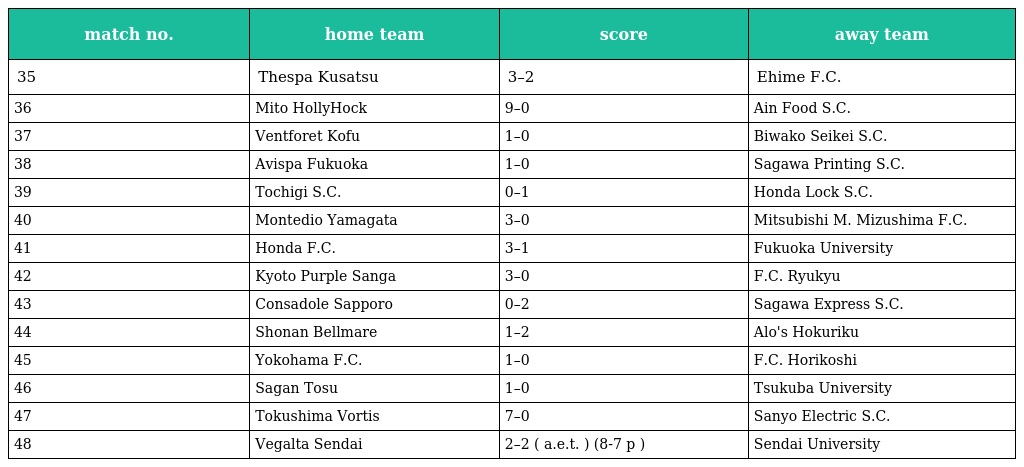
| match no. | home team | score | away team |
 | --- | --- | --- | --- |
 | 35 | Thespa Kusatsu | 3–2 | Ehime F.C. |
 | 36 | Mito HollyHock | 9–0 | Ain Food S.C. |
 | 37 | Ventforet Kofu | 1–0 | Biwako Seikei S.C. |
 | 38 | Avispa Fukuoka | 1–0 | Sagawa Printing S.C. |
 | 39 | Tochigi S.C. | 0–1 | Honda Lock S.C. |
 | 40 | Montedio Yamagata | 3–0 | Mitsubishi M. Mizushima F.C. |
 | 41 | Honda F.C. | 3–1 | Fukuoka University |
 | 42 | Kyoto Purple Sanga | 3–0 | F.C. Ryukyu |
 | 43 | Consadole Sapporo | 0–2 | Sagawa Express S.C. |
 | 44 | Shonan Bellmare | 1–2 | Alo's Hokuriku |
 | 45 | Yokohama F.C. | 1–0 | F.C. Horikoshi |
 | 46 | Sagan Tosu | 1–0 | Tsukuba University |
 | 47 | Tokushima Vortis | 7–0 | Sanyo Electric S.C. |
 | 48 | Vegalta Sendai | 2–2 ( a.e.t. ) (8-7 p ) | Sendai University |